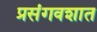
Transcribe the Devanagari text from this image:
प्रसंगवशात